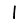
Digit: 1